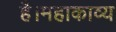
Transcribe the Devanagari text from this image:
है।महाकाव्य